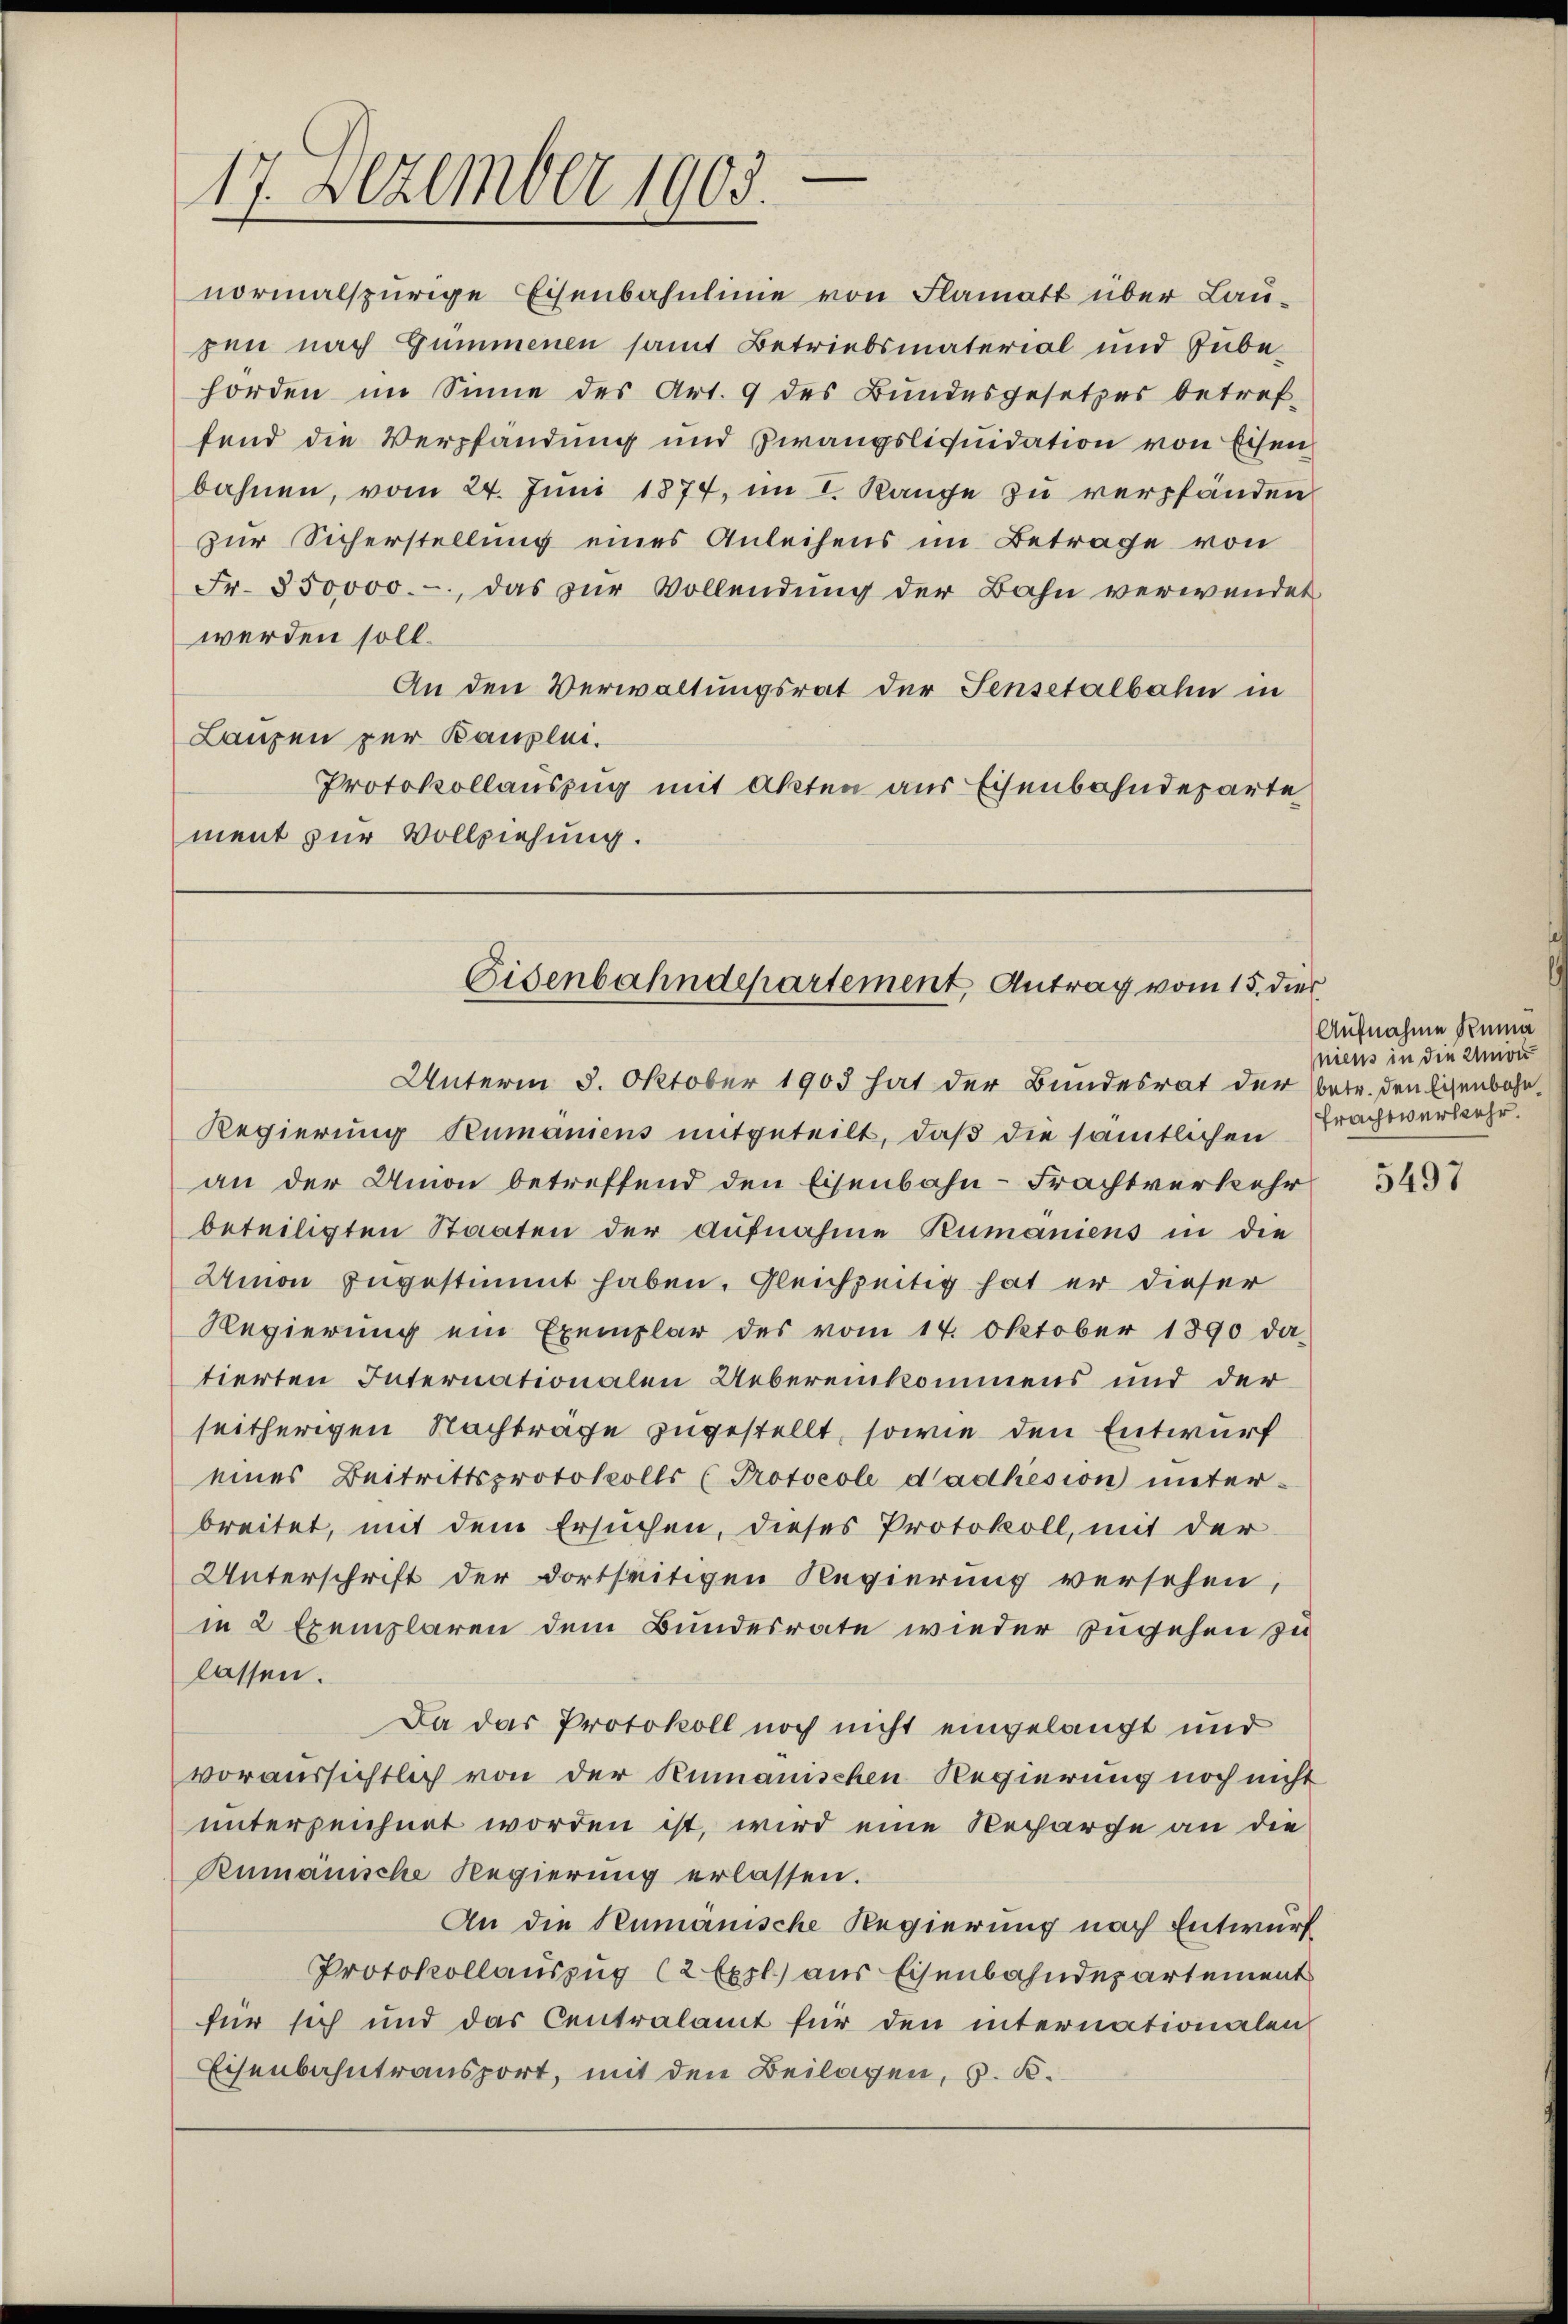
17. Dezember 1903.

normalspurige Eisenbahnlinie von Flamatt über Laupen nach Gummenen samt Betriebsmaterial und Zubehörden im Sinne des Art. 9 des Bundesgesetzes betref-
fend die Verpfändung und Zwangsliquidation von Eisen
bahnen, vom 24. Juni 1874, im I. Range zu verpfänden
zur Sicherstellung eines Anleihens im Betrage von
Fr. 350000.-, das zur Vollendung der Bahn verwendet
werden soll.
An den Verwaltungsrat der Sensetalbahn in
Laupen zur Bauplei.
Protokollauszug mit Akten aus Eisenbahndeparte
ment zur Vollziehung.

Eisenbahndepartement, Antrag vom 15. dies

Unterm 5. Oktober 1903 hat der Bundesrat der Betr. den Eisenbahn¬

Regierung Rumäniens mitgeteilt, daß die sämtlichen
an der Union betreffend den Eisenbahn-Frachtverkehr
beteiligten Staaten der Aufnahme Rumaniens in die
Amon zugestimmt haben. Gleichzeitig hat er dieser
Regierung ein Exemplar des vom 14. Oktober 1890 da-
tierten Internationalen Uebereinkommens und der
seitherigen Nachträge zugestellt, sowie den Entwurf
eines Beitrittsprotokolls (Protocole dadhésion unter-
breitet, mit dem Ersuchen, dieses Protokoll, mit der
Unterschrift der dortseitigen Regierung versehen,
in 2 Exemplaren dem Bundesrate wieder zugehen zu
lassen.
Da das Protokoll noch nicht eingelangt und
voraussichtlich von der Kumanischen Regierung noch nicht
unterzeichnet worden ist, wird eine Recharge an die
Rumänische Regierung erlassen.
An die Rumänische Regierung nach Entwurf
Protokollauszug (2 Expl. aus Eisenbahndepartement
für sich und das Centralamt für den internationalen
Eisenbahntransport, mit den Beilagen, s. B.

Aufnahme Reina
niens in die Union
Frachtverkehr.

5497